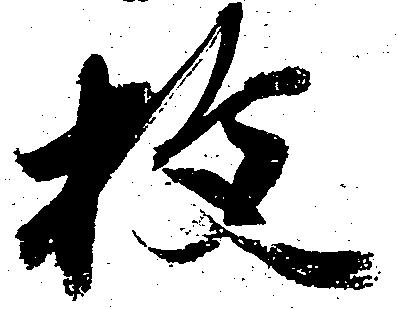
枚